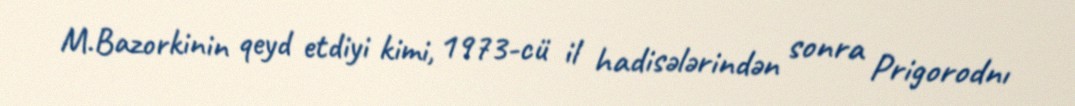
M.Bazorkinin qeyd etdiyi kimi, 1973-cü il hadisələrindən sonra Prigorodnı